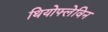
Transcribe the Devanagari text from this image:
थियोफ्लेविन